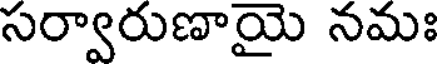
సర్వారుణాయై నమః